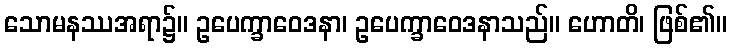
သောမနဿအရာ၌။ ဥပေက္ခာဝေဒနာ၊ ဥပေက္ခာဝေဒနာသည်။ ဟောတိ၊ ဖြစ်၏။